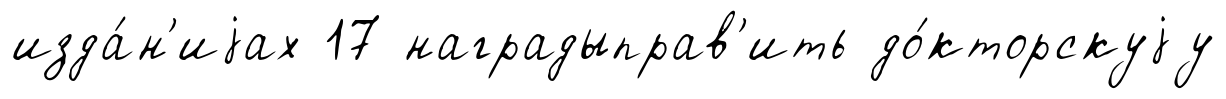
изда́н'иjах 17 наградыправ'ить до́кторскуjу